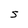
Character: S